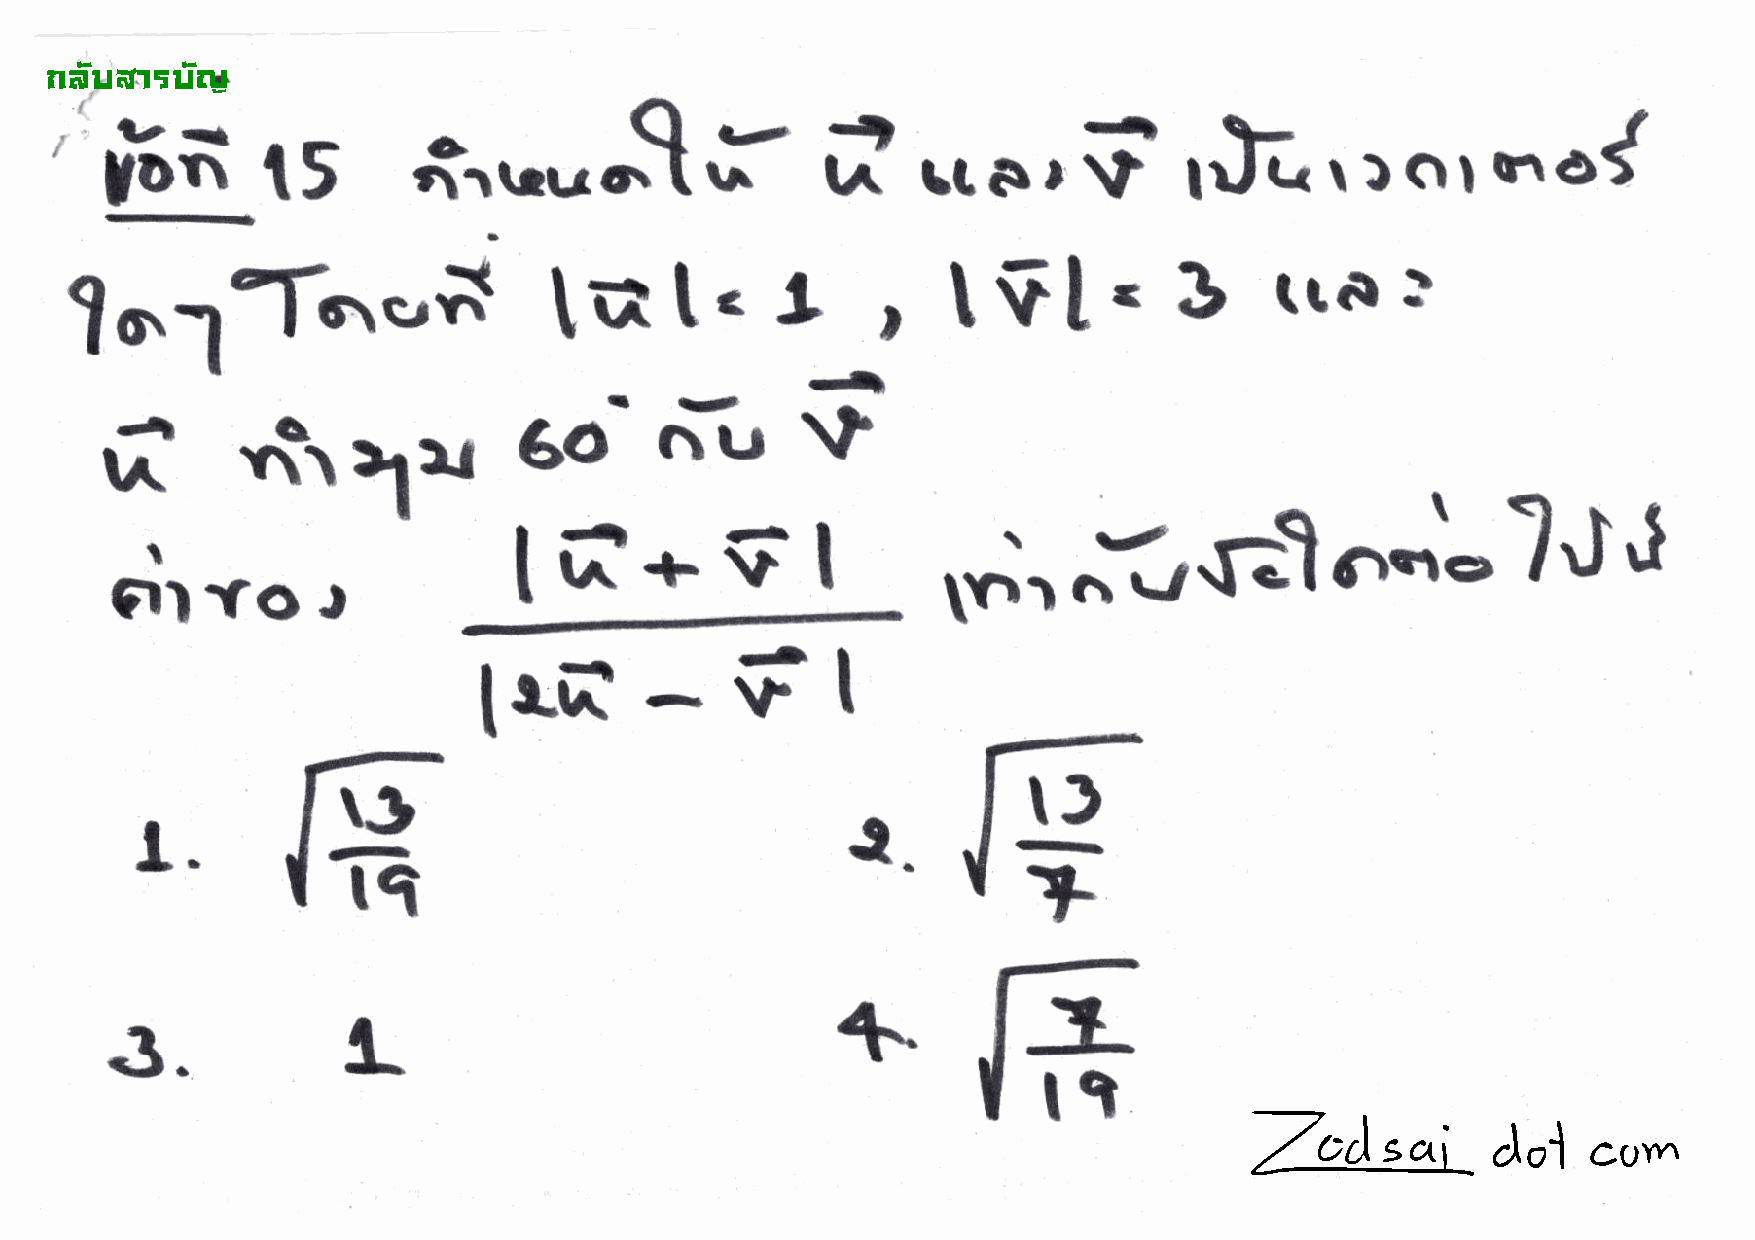
!"#$%&'$#(                             q.--t
 -/-l
 o
 \)o,.o{
 '                                          rr
 V=
 l"ofi     15        i-rrnro.         I          tA    ft  e   r         rJa
 .,i                       !
 tutc                       [$[']                tre
 1o1"I-t                                              ,                                  'r
 rt
 rl       til1t             60        riiu      '-
 lf-rSl                               i?'nlt-.lltt't
 I
 r.',
 C|ITOJ
 lr[-fl
 r)
 \3
 t-                                             l.
 +
 --
 rQ
 -
 +            J-
 L
 3.
 tl